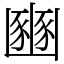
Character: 豳